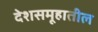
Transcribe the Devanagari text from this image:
देशसमूहातील